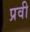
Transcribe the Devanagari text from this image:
प्रवी